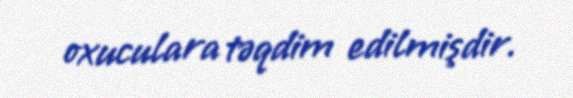
oxuculara təqdim edilmişdir.